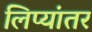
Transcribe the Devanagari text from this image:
लिप्यांतर